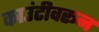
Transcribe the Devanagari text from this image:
काउंटीवरून